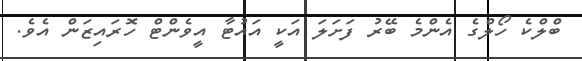
ބްލްކެ ހޯލްގެ އެންމެ ބޭރު ފަށަލަ އަކީ އައުޓާ އީވެންޓް ހޮރައިޒަން އެވެ.